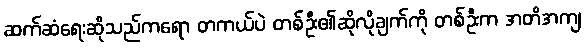
ဆက်ဆံရေးဆိုသည်ကရော တကယ်ပဲ တစ်ဦး၏ဆိုလိုချက်ကို တစ်ဦးက အတိအကျ